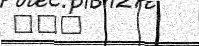
١٧٩